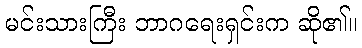
မင်းသားကြီး ဘာဂရေးရှင်းက ဆို၏။